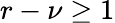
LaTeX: r-\nu\geq 1